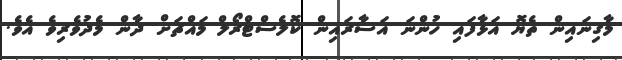
މާގިނައިން ތެޔޮ އަޅާފައި ހުންނަ އަސާރައިން ކޮލެސްޓްރޯލް މައްޗަށް ދާން މެދުވެރިވެ އެވެ.